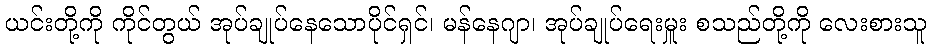
ယင်းတို့ကို ကိုင်တွယ် အုပ်ချုပ်နေသောပိုင်ရှင်၊ မန်နေဂျာ၊ အုပ်ချုပ်ရေးမှူး စသည်တို့ကို လေးစားသူ